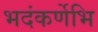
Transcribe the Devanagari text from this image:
भदंकर्णेभि